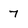
Character: 7